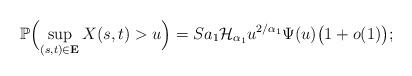
LaTeX: \begin{align*} \mathbb{P} \Bigl( \sup_{(s,t)\in\mathbf{E}} X(s,t)> u \Bigr) =S a_1 \mathcal{H}_{\alpha_1} u^{{2}/{\alpha_1}} \Psi(u)\bigl(1+o(1)\bigr);\end{align*}